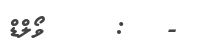
-   :     ވޯލްޑް